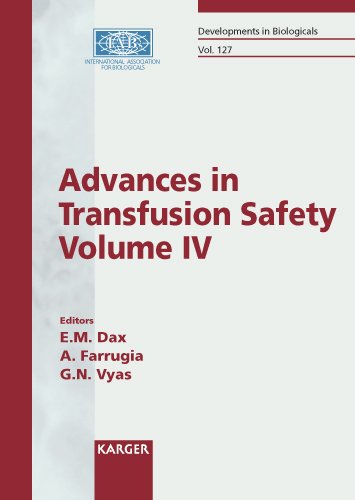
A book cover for Advances in Transfusion Safety - Vol. 4: International Conference, Sydney, October 2005: Proceedings (Developments in Biologicals, Vol. 127); Health, Fitness & Dieting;